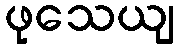
ဖုသေယျ